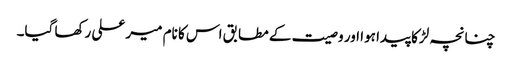
چنانچہ لڑکا پیدا ہوا اور وصیت کے مطابق اس کا نام میر علی رکھا گیا۔